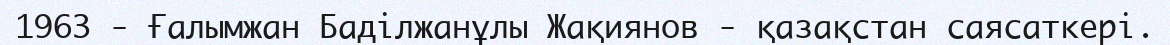
1963 - Ғалымжан Баділжанұлы Жақиянов - қазақстан саясаткері.